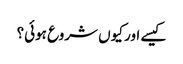
کیسے اور کیوں شروع ہوئی؟